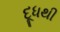
દૂધથી